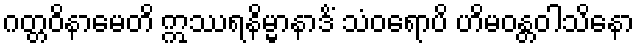
ဂတ္တဝိနာမေတိ ဣဿရနိမ္မာနာဒိံ သံဝရောပိ ဟိမဝန္တဝါသိနော